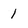
Character: 1